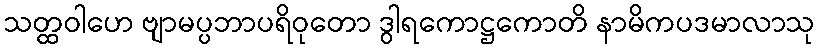
သတ္ထဝါဟေ ဗျာမပ္ပဘာပရိဝုတော ဒွါရကောဋ္ဌကောတိ နာမိကပဒမာလာသု